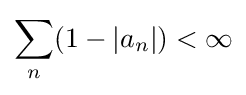
\sum _{n}(1-|a_{n}|)<\infty